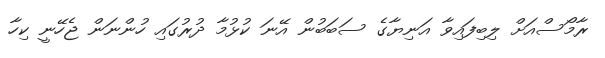
ރާމޯސްއަށް ލިބިފައިވާ އަނިޔާގެ ސަބަބުން އޭނަ ކުޅުމާ ދުރުގައި ހުންނަން ޖެހޭނީ ކިހާ